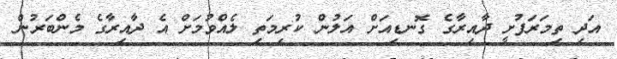
އަދި ތިމަރަފުށީ ދާއިރާގެ ގޮނޑިއަށް އަލުން ކުރިމަތި ލެއްވުމަށް އެ ދާއިރާގެ މެންބަރުން